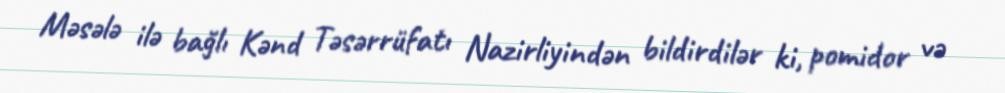
Məsələ ilə bağlı Kənd Təsərrüfatı Nazirliyindən bildirdilər ki, pomidor və